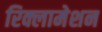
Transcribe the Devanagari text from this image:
रिक्लामेशन